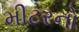
મીટરનો